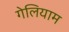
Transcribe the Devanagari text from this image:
गेलियाम